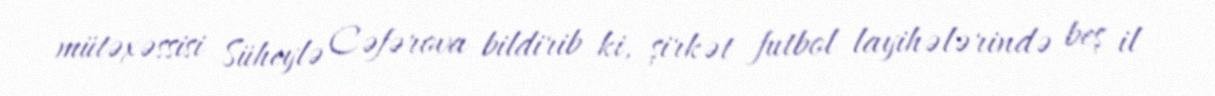
mütəxəssisi Süheylə Cəfərova bildirib ki, şirkət futbol layihələrində beş il